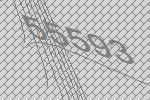
55593